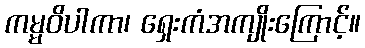
ကမ္မဝိပါကာ၊ ရှေးကံအကျိုးကြောင့်။